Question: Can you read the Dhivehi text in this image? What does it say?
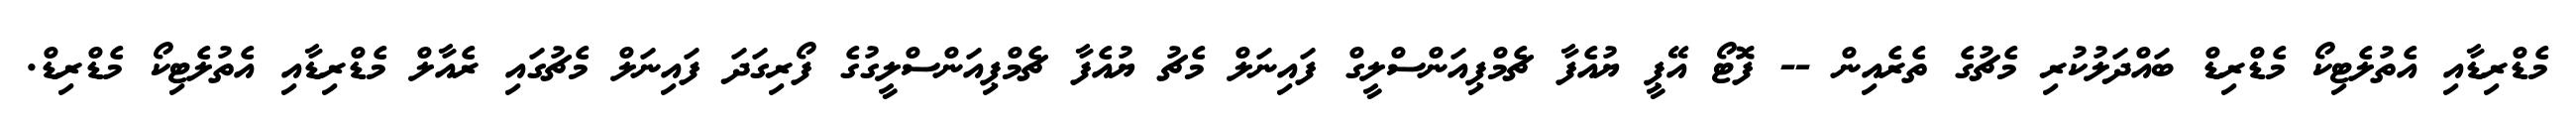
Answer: މެޑްރިޑާއި އެތުލެޓިކޯ މެޑްރިޑް ބައްދަލުކުރި މެޗުގެ ތެރެއިން -- ފޮޓޯ އޭޕީ ޔުއެފާ ޗެމްޕިއަންސްލީގް ފައިނަލް މެޗު ޔުއެފާ ޗެމްޕިއަންސްލީގުގެ ފޯރިގަދަ ފައިނަލް މެޗުގައި ރެއާލް މެޑްރިޑާއި އެތުލެޓިކޯ މެޑްރިޑް.